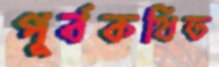
পূর্বকথিত